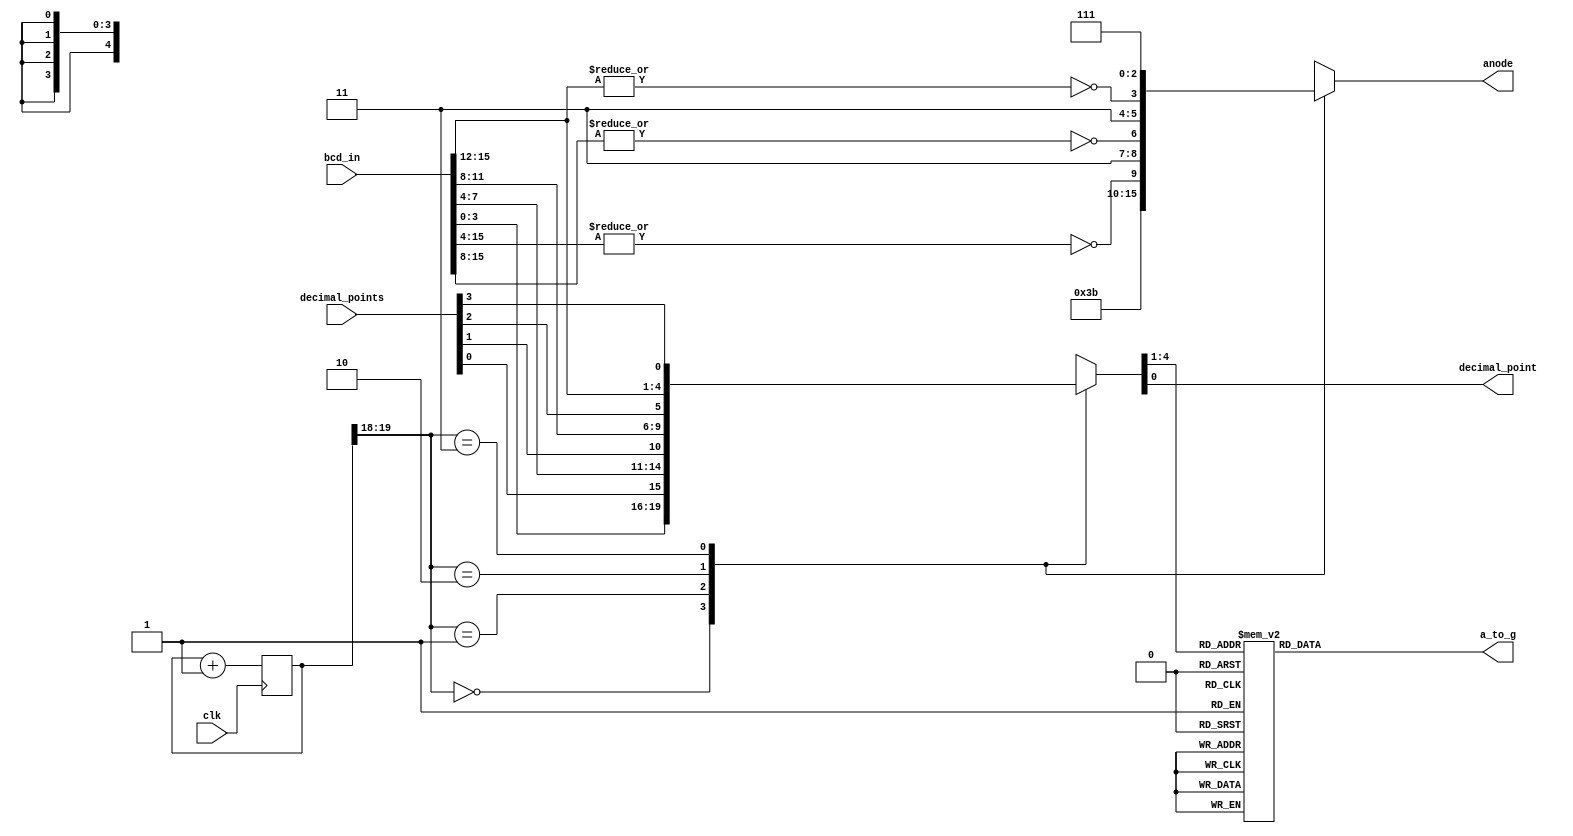
module seven_segment_leds_x_4_no_leading_zeros(
    input [15:0] bcd_in,
    input [3:0] decimal_points,
    input clk,
    output  reg [6:0] a_to_g,
    output reg decimal_point,
    output reg [3:0] anode
    );
wire [1:0] counter;
reg [3:0] digit;
reg [19:0] clkdiv;	
assign counter = clkdiv[19:18];   
always @(*)
    case(counter)
	0: {digit, decimal_point} = {bcd_in[3:0], decimal_points[0]};
	1: {digit, decimal_point} = {bcd_in[7:4], decimal_points[1]};
        2: {digit, decimal_point} = {bcd_in[11:8], decimal_points[2]};
        3: {digit, decimal_point} = {bcd_in[15:12], decimal_points[3]};
     endcase
always @(*)
     case(digit)
	0: a_to_g = 7'b0000001;
	1: a_to_g = 7'b1001111;
	2: a_to_g = 7'b0010010;
	3: a_to_g = 7'b0000110;
	4: a_to_g = 7'b1001100;
	5: a_to_g = 7'b0100100;
	6: a_to_g = 7'b0100000;
	7: a_to_g = 7'b0001111;
	8: a_to_g = 7'b0000000;
	9: a_to_g = 7'b0000100;
	default: a_to_g = 7'b0000001;  
     endcase
always @(*)
    case(counter)
	0: anode = 4'b1110;
	1: anode = {2'b11,!(| bcd_in[15:4]),1'b1};
	2: anode = {1'b1,!(| bcd_in[15:8]),2'b11};
	3: anode = {!(| bcd_in[15:12]),3'b111};
	default: anode = 4'b1111;  
     endcase
always  @ (posedge clk)
   begin
	clkdiv <= clkdiv + 20'b1;
   end 
endmodule